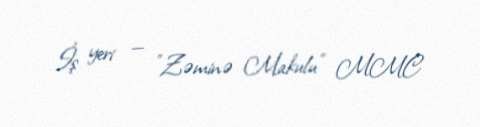
İş yeri — "Zəminə Makulu" MMC